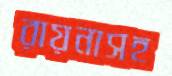
রায়নাসহ